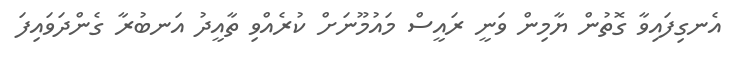
އެނގިފައިވާ ގޮތުން ޔާމިން ވަނީ ރައީސް މައުމޫނަށް ކުރެއްވި ތާއީދު އަނބުރާ ގެންދަވައިފަ